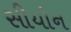
સીયોન